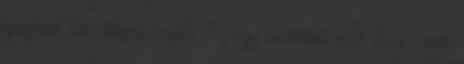
gazdag, látványos fogás. Ez egy hirtelen sült hús, csak